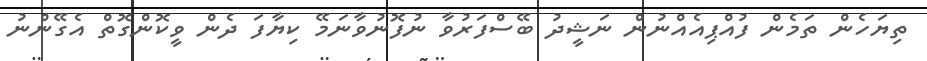
ތިޔަހެން ތަމެން ފުއްޕިއެއްނުން ނަޝީދު ބޭސްފަރުވާ ނުފޮނުވާނަމޭ ކިޔާފަ ދެން ވީކޮންގޮތް އެގޭންނު